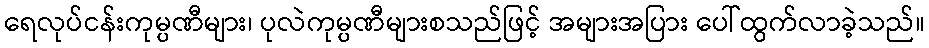
ရေလုပ်ငန်းကုမ္ပဏီများ၊ ပုလဲကုမ္ပဏီများစသည်ဖြင့် အများအပြား ပေါ်ထွက်လာခဲ့သည်။